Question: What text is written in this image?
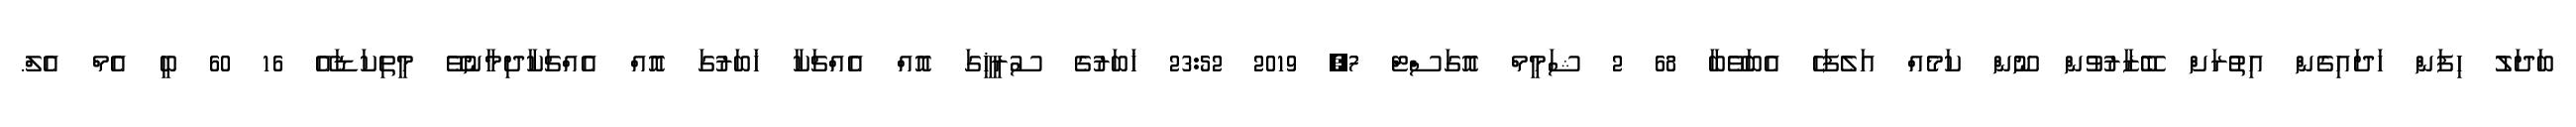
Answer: ބަދަލު ހިފަން ހަދައިގެން އިތުރަށް ބޭޒާރުވުން ނޫން ކަމެއް އަލެފަހެ އެބަވޭބާ 68 2 ޝަމީމް އޮގަސްޓް 7, 2019 23:52 ޚަބަރުގެ ސުރީޚީގަ އޮއް އެއްޗަކާ ޚަބަރުގަ އޮއް އެއްޗަކާދިމާނުވޭ މީތިކަޑައޭ 16 60 ބީ އެމް އެލް.